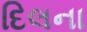
દિલના